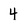
Character: 4